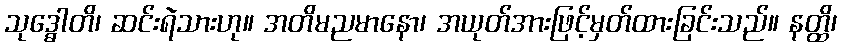
သုဒ္ဓေါတိ၊ ဆင်းရဲသားဟု။ အတိမညမာနော၊ အယုတ်အားဖြင့်မှတ်ထားခြင်းသည်။ နတ္ထိ၊